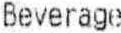
BEVERAGE